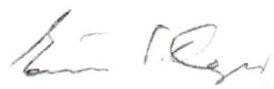
Eino S. Repo